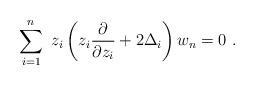
LaTeX: \begin{align*}\sum^n_{i=1}\ z_i \left(z_i{\partial\over \partial z_i}+2\Delta_i\right) w_n =0\ .\end{align*}